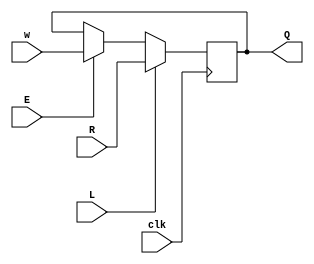
module top_module (
    input clk,
    input w, R, E, L,
    output reg Q
);

    wire mux1_o,mux2_o;
    
    assign mux1_o = (E == 1) ? w : Q;
    assign mux2_o = (L == 1) ? R : mux1_o;

    always @(posedge clk) begin
        Q <= mux2_o;
    end

endmodule